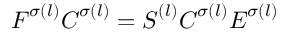
\boldsymbol { F } ^ { \sigma ( l ) } \boldsymbol { C } ^ { \sigma ( l ) } = \boldsymbol { S } ^ { ( l ) } \boldsymbol { C } ^ { \sigma ( l ) } \boldsymbol { E } ^ { \sigma ( l ) }